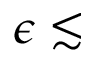
\epsilon \lesssim